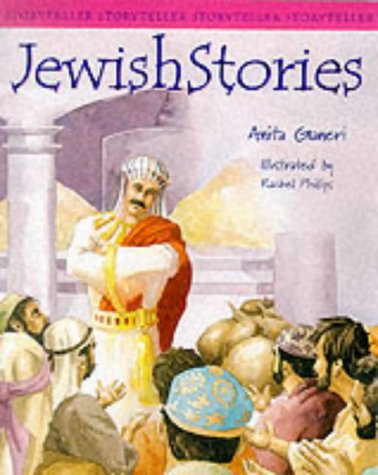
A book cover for Jewish Stories (Storyteller); Anita Ganeri; Teen & Young Adult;